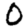
Digit: 0